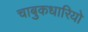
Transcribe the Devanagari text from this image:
चाबुकधारियो